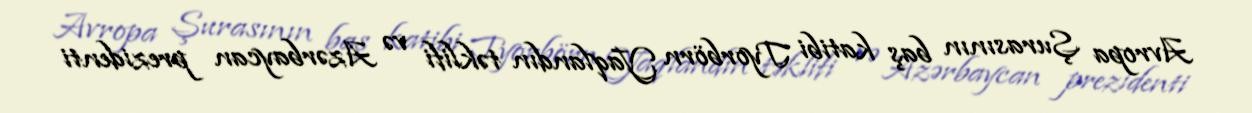
Avropa Şurasının baş katibi Tyorbörn Yaqlandın təklifi və Azərbaycan prezidenti